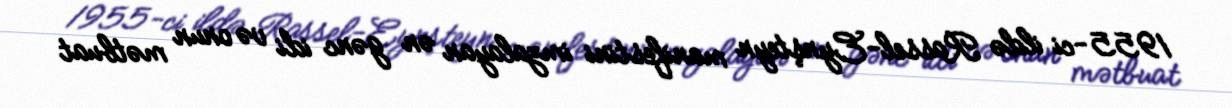
1955-ci ildə Rassel-Eynşteyn manifestini imzalayan ən gənc idi və onun mətbuat